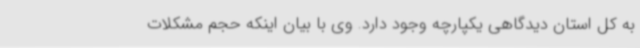
به کل استان دیدگاهی یکپارچه وجود دارد. وی با بیان اینکه حجم مشکلات